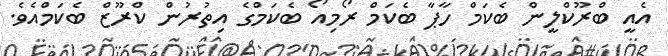
އެއީ ބްރޫކްލީން ބެކަމް ހާޕާ ބެކަމް ރޯމިއޯ ބެކަމްގެ އިތުރުން ކްރޫޒް ބެކަމްއެވެ.